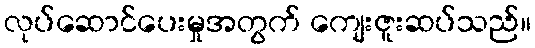
လုပ်ဆောင်ပေးမှုအတွက် ကျေးဇူးဆပ်သည်။